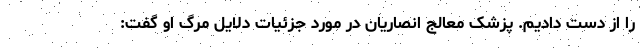
را از دست دادیم. پزشک معالج انصاریان در مورد جزئیات دلایل مرگ او گفت: